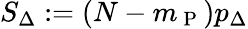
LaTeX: S_{\Delta}:=(N-m_{\mathrm{~P~}})p_{\Delta}